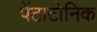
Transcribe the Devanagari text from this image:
पेंटाटोनिक